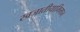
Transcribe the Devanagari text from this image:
स्वजातीयाभिमान